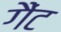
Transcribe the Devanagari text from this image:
गैंट